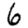
Digit: 6